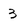
Character: 3